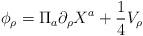
LaTeX: \begin{align*}\phi_\rho=\Pi_a\partial_\rho X^a+\frac{1}{4}V_\rho\end{align*}